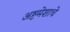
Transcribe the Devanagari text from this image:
अष्टमेशाचे